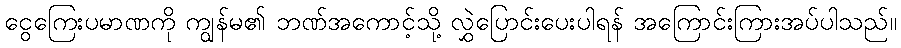
ငွေကြေးပမာဏကို ကျွန်မ၏ ဘဏ်အကောင့်သို့ လွှဲပြောင်းပေးပါရန် အကြောင်းကြားအပ်ပါသည်။